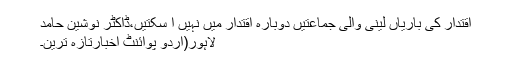
اقتدار کی باریاں لینی والی جماعتیں دوبارہ اقتدار میں نہیں آ سکتیں،ڈاکٹر نوشین حامد
لاہور(اُردو پوائنٹ اخبارتازہ ترین۔